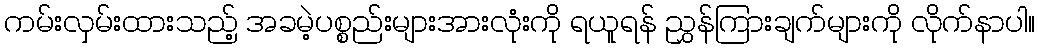
ကမ်းလှမ်းထားသည့် အခမဲ့ပစ္စည်းများအားလုံးကို ရယူရန် ညွှန်ကြားချက်များကို လိုက်နာပါ။